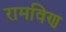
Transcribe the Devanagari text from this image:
रामविण